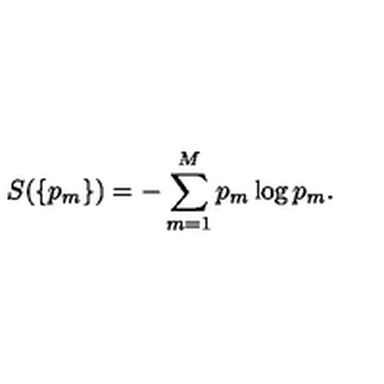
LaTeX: S ( \{ p _ { m } \} ) = - \sum _ { m = 1 } ^ { M } p _ { m } \log p _ { m } .